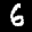
Digit: 6